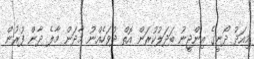
މިއަދު ދޯނީގެ އިންޖީނު ބަދަލުކުރަން އޮތް ދުވަހެއްނު މާދަން މާލެ ދާން ފުރުން